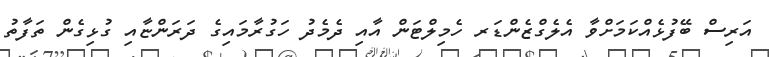
އަރިސް ބޭފުޅެއްކަމަށްވާ އެލެގްޒެންޑަރ ހެމިލްޓަން އާއި ދެމެދު ހަގުރާމައިގެ ދަރަންޏާއި ގުޅިގެން ތަފާތު